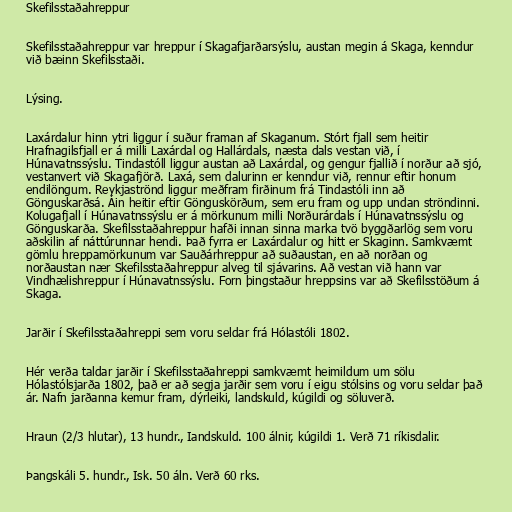
Skefilsstaðahreppur

Skefilsstaðahreppur var hreppur í Skagafjarðarsýslu, austan megin á Skaga, kenndur
við bæinn Skefilsstaði.

Lýsing.

Laxárdalur hinn ytri liggur í suður framan af Skaganum. Stórt fjall sem heitir
Hrafnagilsfjall er á milli Laxárdal og Hallárdals, næsta dals vestan við, í
Húnavatnssýslu. Tindastóll liggur austan að Laxárdal, og gengur fjallið í norður að sjó,
vestanvert við Skagafjörð. Laxá, sem dalurinn er kenndur við, rennur eftir honum
endilöngum. Reykjaströnd liggur meðfram firðinum frá Tindastóli inn að
Gönguskarðsá. Áin heitir eftir Gönguskörðum, sem eru fram og upp undan ströndinni.
Kolugafjall í Húnavatnssýslu er á mörkunum milli Norðurárdals í Húnavatnssýslu og
Gönguskarða. Skefilsstaðahreppur hafði innan sinna marka tvö byggðarlög sem voru
aðskilin af náttúrunnar hendi. Það fyrra er Laxárdalur og hitt er Skaginn. Samkvæmt
gömlu hreppamörkunum var Sauðárhreppur að suðaustan, en að norðan og
norðaustan nær Skefilsstaðahreppur alveg til sjávarins. Að vestan við hann var
Vindhælishreppur í Húnavatnssýslu. Forn þingstaður hreppsins var að Skefilsstöðum á
Skaga.

Jarðir í Skefilsstaðahreppi sem voru seldar frá Hólastóli 1802.

Hér verða taldar jarðir í Skefilsstaðahreppi samkvæmt heimildum um sölu
Hólastólsjarða 1802, það er að segja jarðir sem voru í eigu stólsins og voru seldar það
ár. Nafn jarðanna kemur fram, dýrleiki, landskuld, kúgildi og söluverð.

Hraun (2/3 hlutar), 13 hundr., Iandskuld. 100 álnir, kúgildi 1. Verð 71 ríkisdalir.

Þangskáli 5. hundr., Isk. 50 áln. Verð 60 rks.